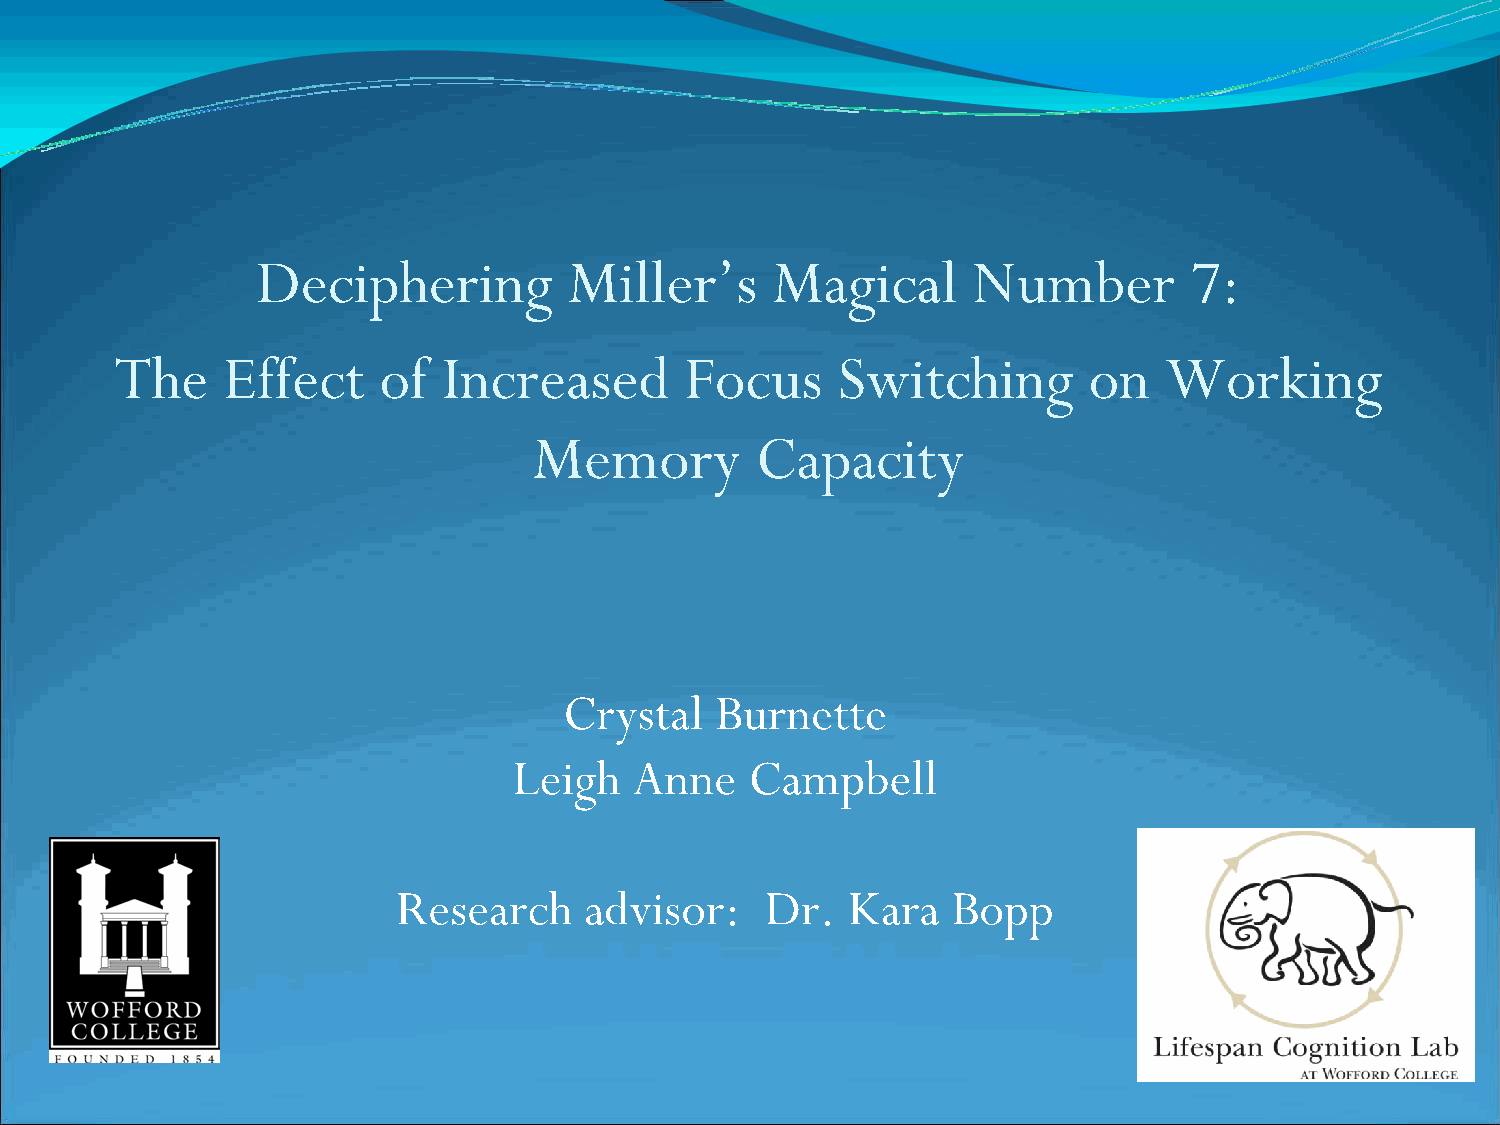
Deciphering          Miller’s     Magical      Number         7:
 The    Effect    of  Increased       Focus     Switching        on   Working
 Memory         Capacity
 Crystal   Burnette
 Leigh   Anne    Campbell
 Research     advisor:    Dr.  Kara   Bopp